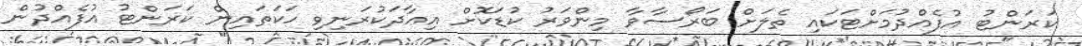
ކަރަންޓު އުފެއްދުމަށްޓަކައި ތެލަށް ބަރޯސާވާ މިންވަރު ކުޑަކޮށް އިޢާދަކުރަނިވި ހަކަތައިން ކަރަންޓު އުފެއްދުން